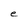
Character: e